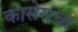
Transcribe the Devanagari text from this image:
कासेरांचा